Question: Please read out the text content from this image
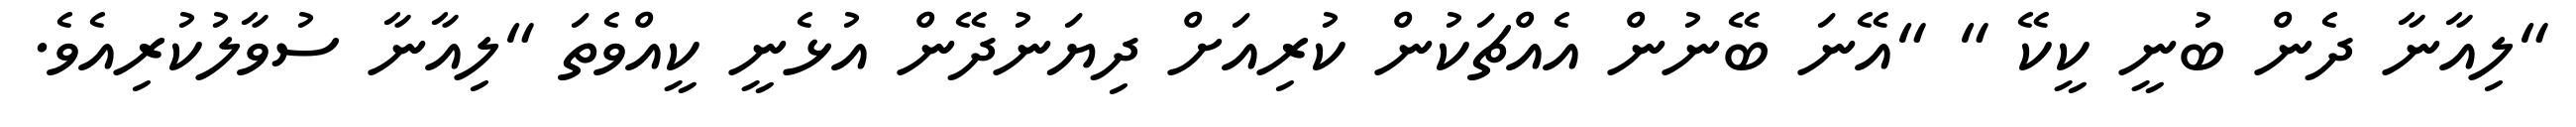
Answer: "ލިއާނާ ދެން ބުނީ ކީކޭ " "އޭނަ ބޭނުން އެއްޗަކުން ކުރިއަށް ދިޔަނުދޭން އުޅެނީ ކީއްވެތަ "ލިއާނާ ސުވާލުކުރިއެވެ.